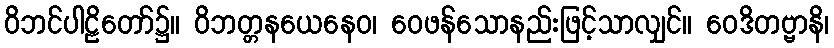
ဝိဘင်ပါဠိတော်၌။ ဝိဘတ္တနယေနေဝ၊ ဝေဖန်သောနည်းဖြင့်သာလျှင်။ ဝေဒိတဗ္ဗာနိ၊